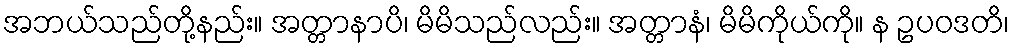
အဘယ်သည်တို့နည်း။ အတ္တာနာပိ၊ မိမိသည်လည်း။ အတ္တာနံ၊ မိမိကိုယ်ကို။ န ဥပဝဒတိ၊